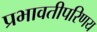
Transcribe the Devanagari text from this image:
प्रभावतीपरिणय